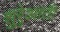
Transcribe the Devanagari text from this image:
शुरेुआती